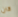
كان